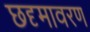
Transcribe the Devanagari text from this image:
छदृमावरण